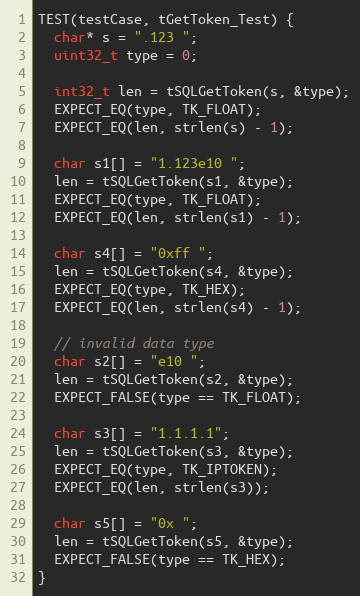
Language: C++
TEST(testCase, tGetToken_Test) {
  char* s = ".123 ";
  uint32_t type = 0;

  int32_t len = tSQLGetToken(s, &type);
  EXPECT_EQ(type, TK_FLOAT);
  EXPECT_EQ(len, strlen(s) - 1);

  char s1[] = "1.123e10 ";
  len = tSQLGetToken(s1, &type);
  EXPECT_EQ(type, TK_FLOAT);
  EXPECT_EQ(len, strlen(s1) - 1);

  char s4[] = "0xff ";
  len = tSQLGetToken(s4, &type);
  EXPECT_EQ(type, TK_HEX);
  EXPECT_EQ(len, strlen(s4) - 1);

  // invalid data type
  char s2[] = "e10 ";
  len = tSQLGetToken(s2, &type);
  EXPECT_FALSE(type == TK_FLOAT);

  char s3[] = "1.1.1.1";
  len = tSQLGetToken(s3, &type);
  EXPECT_EQ(type, TK_IPTOKEN);
  EXPECT_EQ(len, strlen(s3));

  char s5[] = "0x ";
  len = tSQLGetToken(s5, &type);
  EXPECT_FALSE(type == TK_HEX);
}